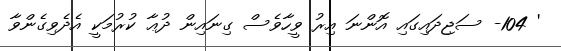
' 104- ސަޖިދައިގައި އޮންނަ އިރު ވީހާވެސް ގިނައިން ދުޢާ ކުރުމަކީ އެދެވިގެންވާ